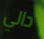
دالي